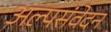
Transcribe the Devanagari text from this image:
अल्पसंवेदन